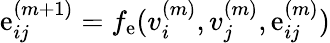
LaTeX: \mathrm{e}_{ij}^{(m+1)}=f_{\mathrm{e}}(v_{i}^{(m)},v_{j}^{(m)},\mathrm{e}_{ij}^{(m)})